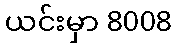
ယင်းမှာ 8008